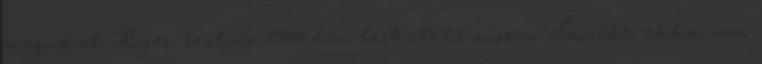
magukat. Roger testvér 1944-ben térhetett vissza Taizébe, ekkor már